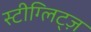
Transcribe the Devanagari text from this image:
स्टीग्लिट्ज़